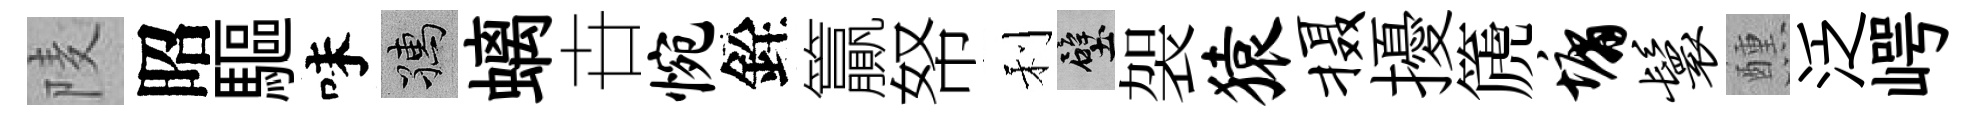
𨹧昭驅味孺螭卋惋銓籯帑利壁袈猿摄擾篪墉鬟醺泛崿